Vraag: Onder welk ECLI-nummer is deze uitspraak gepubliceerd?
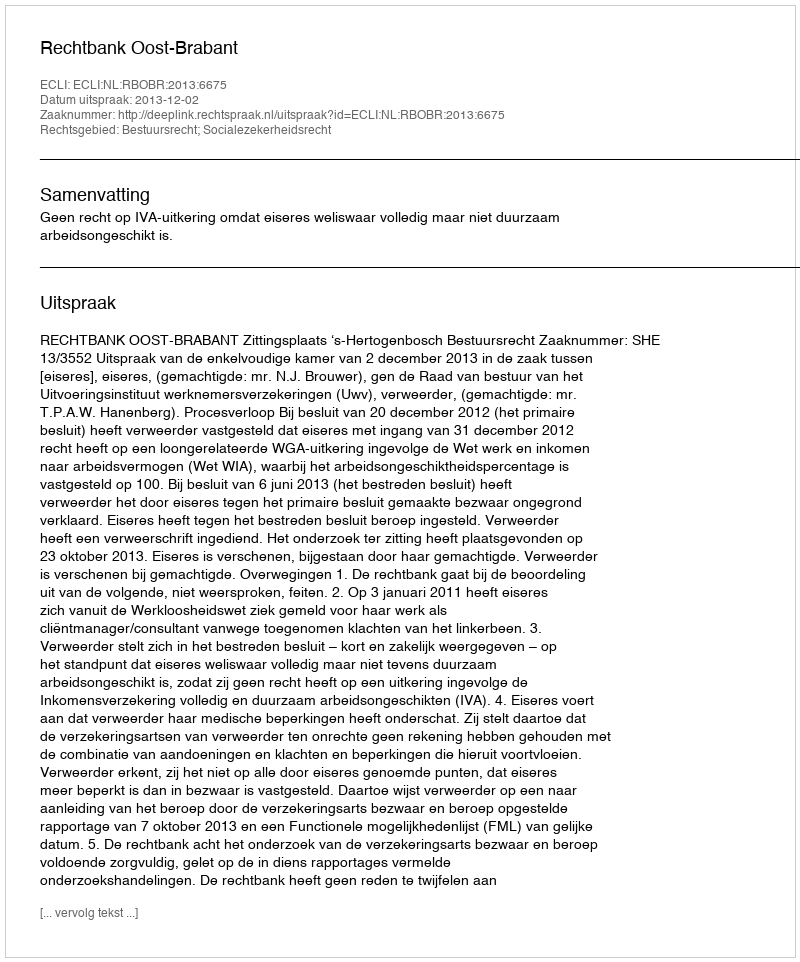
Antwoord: ECLI:NL:RBOBR:2013:6675